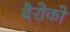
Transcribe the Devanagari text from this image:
बैरोको